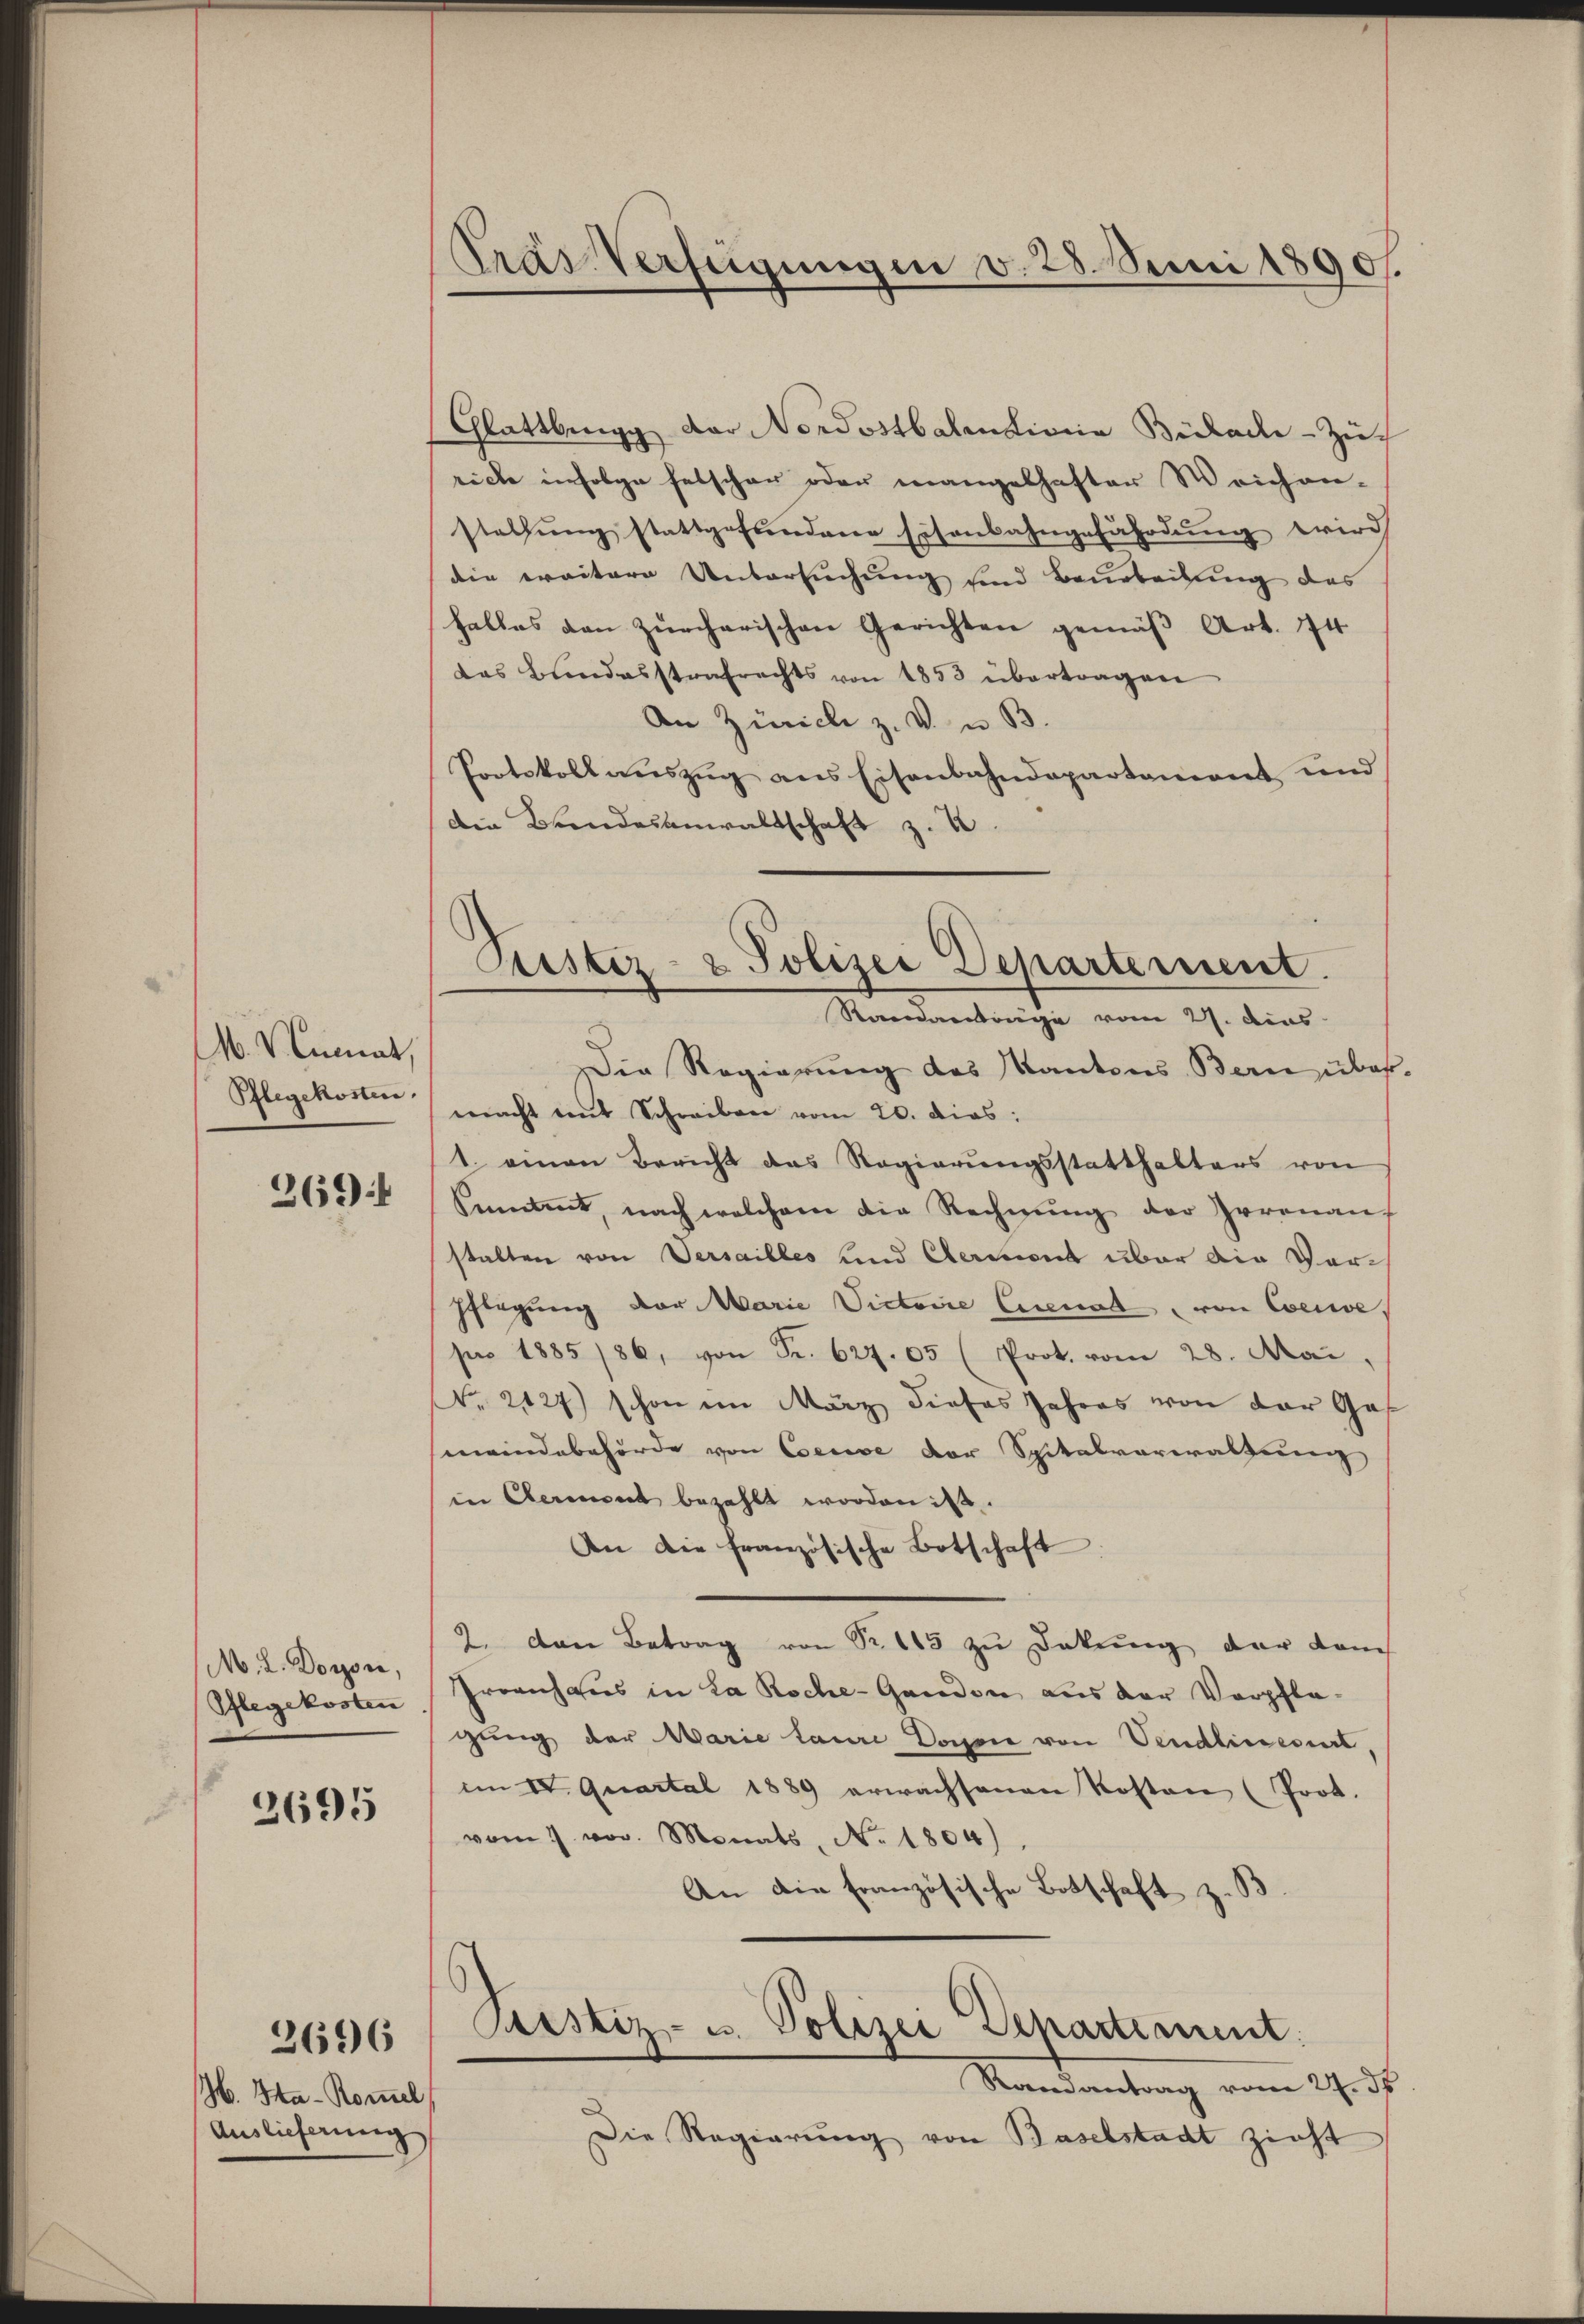
M. V. Annat,
Pflegekosten.

269

M. L. Doyon,
Pflegekosten

2695

2696

M. Ha-Kommel
Auslieferung

TräsVerfügungen v. 28. Juni 1890.

Glattberg der Nordostbalentionie Bülache - Zürich infolge felscher oder mangelhafter Weichen-
stellŭng stattgefundene Eisenbahngefährdŭng wird
die weitere Untersuchung sind Bearbeitung des
halles den zürcherischen Gerichten gemäß Art. 74
das Bundesstrafrechts von 1853 übertragen
An Zürich z. v. u. B.
Protokoll aŭszŭg ans Eisenbahndepartement und
die Brandesanwaltschaft z. B.
Der Regierung des Kantons Bern über
macht mit Schreiben vom 20. dies:
1. einen Bericht das Regierŭngsstatthalters von
emmt, nach welchem die Rechnŭng der Herenanf
stalten von Versailles und Aeront über die Vor¬
Pflegung vor Marie Victoire Eisenat von Coesie,
pro 1885/86, von Fr. 627. 05 (Prot. vom 28. Mai,
No. 2127) schon im März dieses Jahres von der Ges
meindebehörde von Cense der Spitalverwaltung
in Cement bezahlt worden ist.
An die französische Botschaft.
2. den Betrag von Nr. 115 zu Dekŭng der Kam
Groenhaus in La Roche-Gandon aus der Verpflegung der Marie laure Dosen von Vendlinesiert,
im IV. Quartal 1889 erwachsenen Kosten (Prot.
vom 7. vor. Monats, No 1804)
An die Französische Botschaft z. B
Prsstiz- u. Polizei Departement:
Randantrag vom 27. ds
Die Regierung von Baselstadt zieht

Justiz- & Polizei Departement.
Randantrage vom 27. dies